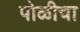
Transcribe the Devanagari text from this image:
पोळीचा